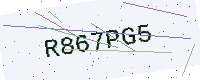
Text: R867PG5